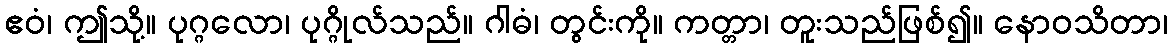
ဧဝံ၊ ဤသို့။ ပုဂ္ဂလော၊ ပုဂ္ဂိုလ်သည်။ ဂါဓံ၊ တွင်းကို။ ကတ္တာ၊ တူးသည်ဖြစ်၍။ နောဝသိတာ၊